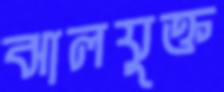
ঝালযুক্ত